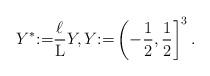
LaTeX: \begin{align*}Y^* {:=} \frac{\ell}{\rm L} Y, Y {:=} \left (-\frac{1}{2}, \frac{1}{2} \right ]^3.\end{align*}